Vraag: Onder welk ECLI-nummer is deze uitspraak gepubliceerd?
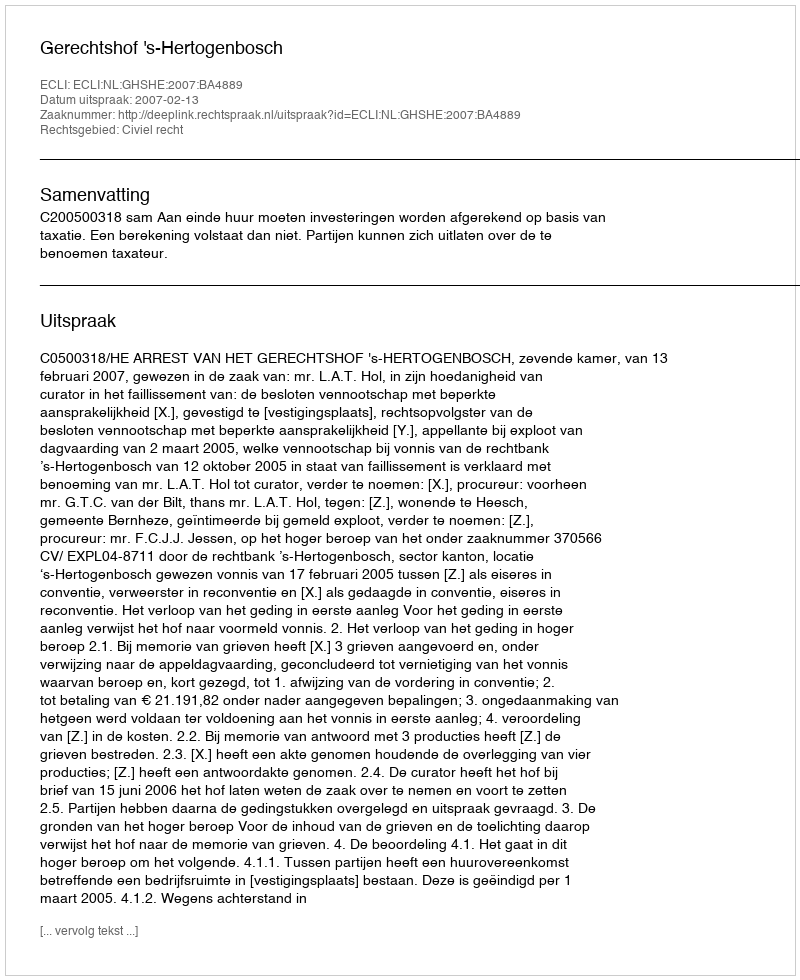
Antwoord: ECLI:NL:GHSHE:2007:BA4889